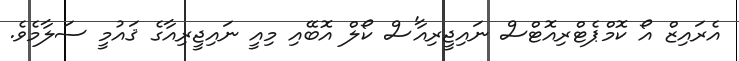
އެރައިޒް އޯ ކޮމްޕެޓްރިއޮޓްސް ނައިޖީރިއާ'ސް ކޯލް އޮބޭއި މިއީ ނައިޖީރިއާގެ ޤައުމީ ސަލާމެވެ.